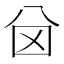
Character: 𠔋